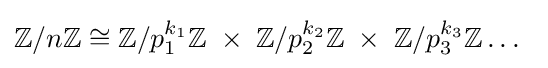
\mathbb {Z} /n\mathbb {Z} \cong \mathbb {Z} /{p_{1}^{k_{1}}}\mathbb {Z} \;\times \;\mathbb {Z} /{p_{2}^{k_{2}}}\mathbb {Z} \;\times \;\mathbb {Z} /{p_{3}^{k_{3}}}\mathbb {Z} \dots \;\;